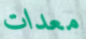
معدات